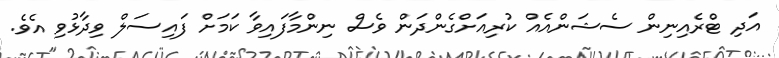
އަދި ޓްރެއިނިން ސެޝަންއެއް ކުރިއަށްގެންދަން ވެސް ނިންމާފައިވާ ކަމަށް ފައިސަލް ވިދާޅުވި އެވެ.